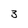
Character: 3